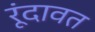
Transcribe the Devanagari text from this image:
रूंदावत